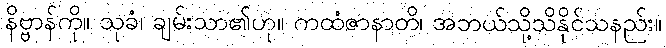
နိဗ္ဗာန်ကို။ သုခံ၊ ချမ်းသာ၏ဟု။ ကထံဇာနာတိ၊ အဘယ်သို့သိနိုင်သနည်း။